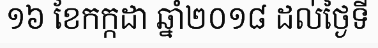
១៦ ខែកក្កដា ឆ្នាំ២០១៨ ដល់ថ្ងៃទី